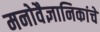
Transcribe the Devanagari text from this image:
मनोवैज्ञानिकांचे